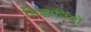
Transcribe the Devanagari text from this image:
सिद्धांतियों